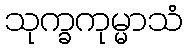
သုက္ခကုမ္မာသံ